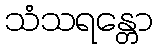
သံသရန္တော